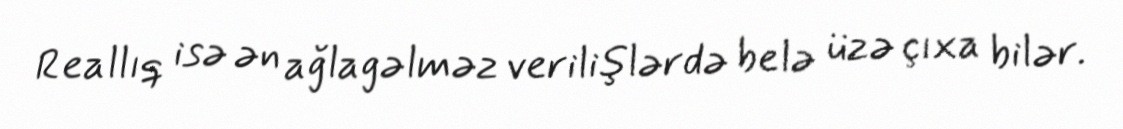
Reallıq isə ən ağlagəlməz verilişlərdə belə üzə çıxa bilər.